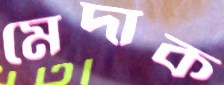
মেদাক